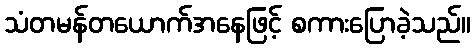
သံတမန်တယောက်အနေဖြင့် စကားပြောခဲ့သည်။